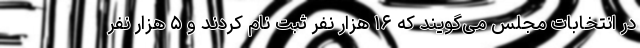
در انتخابات مجلس می‌گویند که ۱۶ هزار نفر ثبت نام کردند و ۵ هزار نفر